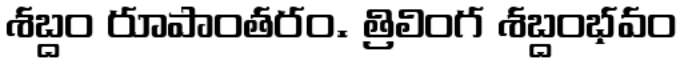
శబ్దం రూపాంతరం. త్రిలింగ శబ్దంభవం